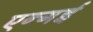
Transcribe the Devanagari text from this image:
एन्गई